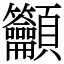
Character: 𥸤